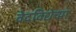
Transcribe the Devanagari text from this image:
वेदविद्येच्या